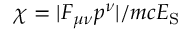
\chi = | F _ { \mu \nu } p ^ { \nu } | / m c E _ { \mathrm { S } }